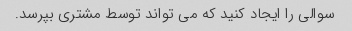
سوالی را ایجاد کنید که می تواند توسط مشتری بپرسد.